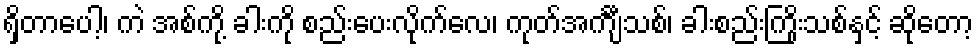
ရှိတာပေါ့၊ ကဲ အစ်ကို့ ခါးကို စည်းပေးလိုက်လေ၊ ကုတ်အင်္ကျီသစ်၊ ခါးစည်းကြိုးသစ်နှင့် ဆိုတော့